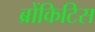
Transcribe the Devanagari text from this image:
ब्रोंकिटिस